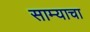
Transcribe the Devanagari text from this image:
साम्याचा